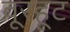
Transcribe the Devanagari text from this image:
वूरहूट